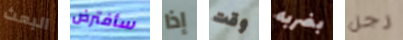
البعث سأفترض إذا وقت بضربه رجل